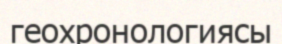
геохронологиясы